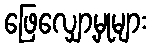
ဖြေလျှော့မှုများ